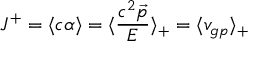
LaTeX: J ^ { + } = \langle c \alpha \rangle = \langle \frac { c ^ { 2 } \vec { p } } { E } \rangle _ { + } = \langle v _ { g p } \rangle _ { + }